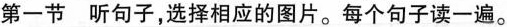
第一节 听句子，选择相应的图片。每个句子读一遍。